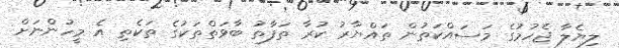
ލިޔެލާ ޖެހުމުގެ މަސައްކަތުން ތައްޔާރު ކުރާ ތަފާތު ބާވަތްތަކުގެ ތަކެތި އެ މީހުންނަށް